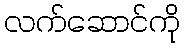
လက်ဆောင်ကို